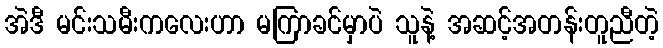
အဲဒီ မင်းသမီးကလေးဟာ မကြာခင်မှာပဲ သူနဲ့ အဆင့်အတန်းတူညီတဲ့